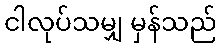
ငါလုပ်သမျှ မှန်သည်